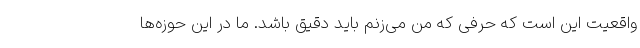
واقعیت این است که حرفی که من می‌زنم باید دقیق باشد. ما در این حوزه‌ها